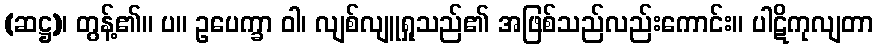
(ဆဋ္ဌ)၊ တွန့်၏။ ပ။ ဥပေက္ခာ ဝါ၊ လျစ်လျူရှုသည်၏ အဖြစ်သည်လည်းကောင်း။ ပါဋိကုလျတာ